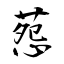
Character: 葾